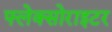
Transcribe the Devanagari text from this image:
फ्लेक्सोराइटर